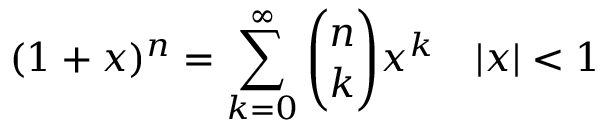
( 1 + x ) ^ { n } = \sum _ { k = 0 } ^ { \infty } { \binom { n } { k } } x ^ { k } \quad | x | < 1